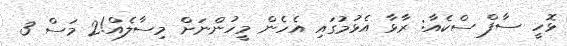
ޅޮހީ ސާފް ސްކެއާ: ރާޅާ އެޅުމުގައި އެހެން މީހުންނަށް މިސާލެއް!2 މަސް 3